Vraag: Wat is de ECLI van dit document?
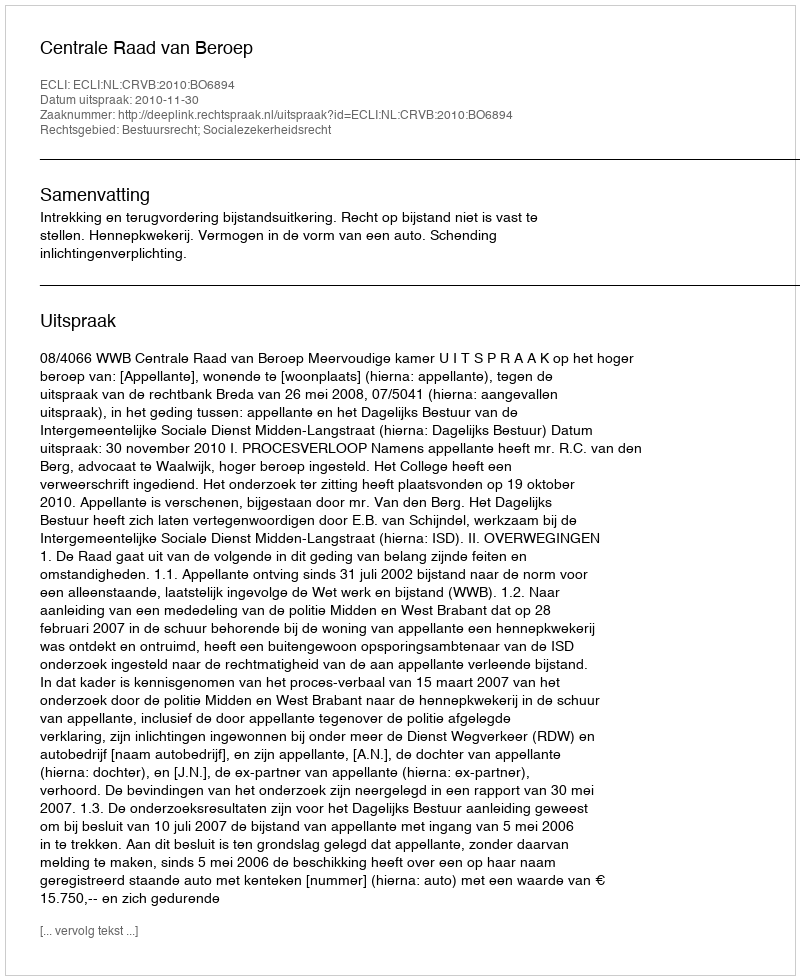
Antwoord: ECLI:NL:CRVB:2010:BO6894